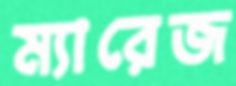
ম্যারেজ